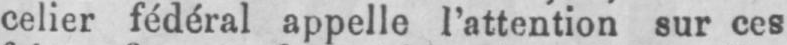
celier fédéral appelle l’attention sur ces